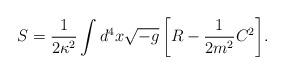
LaTeX: \begin{align*}S = \frac{1}{2\kappa^2} \int{ d^4x \sqrt{-g} \left[ R - \frac{1}{2m^2}C^2 \right] }.\end{align*}